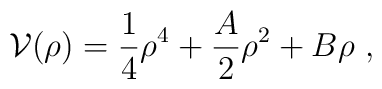
{\cal V}(\rho)={1\over4}\rho^4+{A\over2}\rho^2+B\rho\ ,